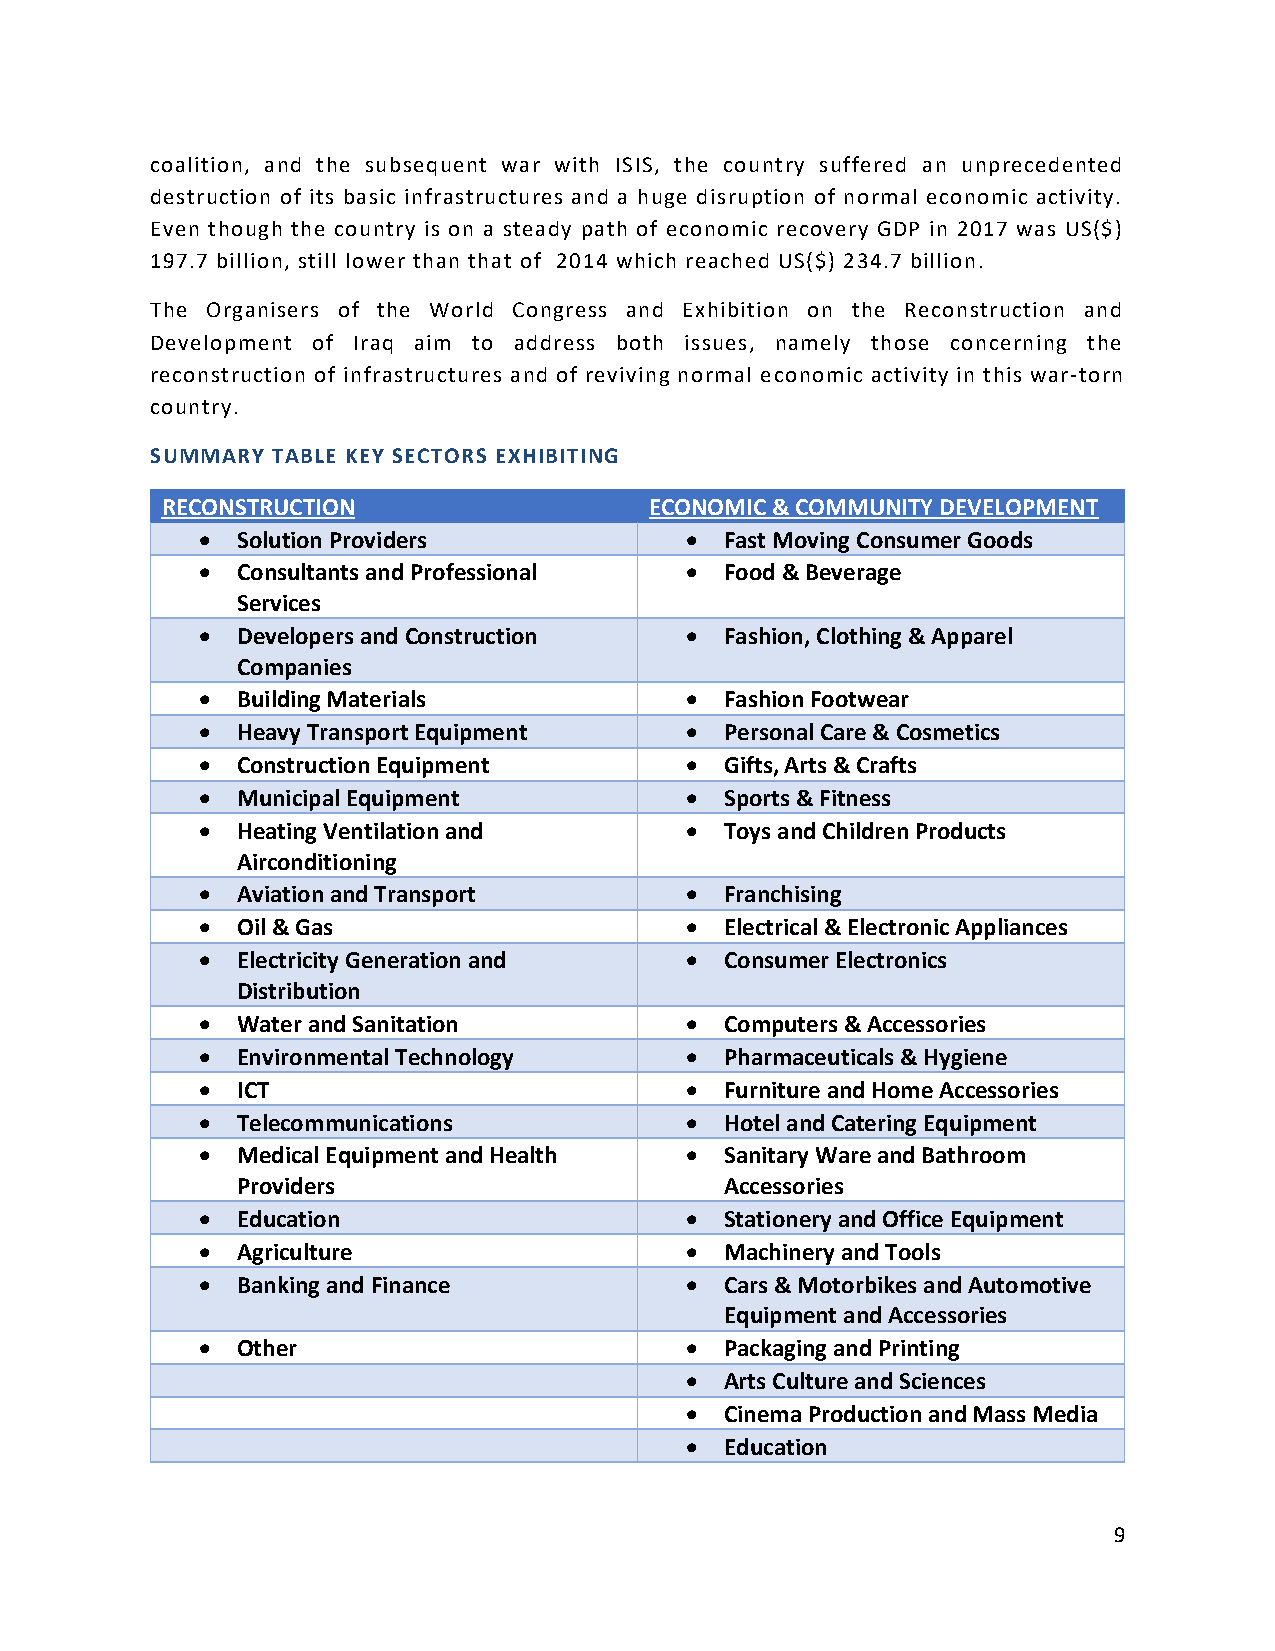
coalition, and the subsequent war with ISIS, the country suffered an unprecedented
 destruction of its basic infrastructures and a huge disruption of normal economic activity.
 Even though the country is on a steady path of economic recovery GDP in 2017 was US($)
 197.7 billion, still lower than that of 2014 which reached US($) 234.7 billion.
 The Organisers of the World Congress and Exhibition on the Reconstruction and
 Development of Iraq aim to address both issues, namely those concerning the
 reconstruction of infrastructures and of reviving normal economic activity in this war-torn
 country.
 SUMMARY TABLE KEY SECTORS EXHIBITING
 RECONSTRUCTION                  ECONOMIC & COMMUNITY DEVELOPMENT
 •  Solution Providers           •  Fast Moving Consumer Goods
 •  Consultants and Professional •  Food & Beverage
 Services
 •  Developers and Construction  •  Fashion, Clothing & Apparel
 Companies
 •  Building Materials           •  Fashion Footwear
 •  Heavy Transport Equipment    •  Personal Care & Cosmetics
 •  Construction Equipment       •  Gifts, Arts & Crafts
 •  Municipal Equipment          •  Sports & Fitness
 •  Heating Ventilation and      •  Toys and Children Products
 Airconditioning
 •  Aviation and Transport       •  Franchising
 •  Oil & Gas                    •  Electrical & Electronic Appliances
 •  Electricity Generation and   •  Consumer Electronics
 Distribution
 •  Water and Sanitation         •  Computers & Accessories
 •  Environmental Technology     •  Pharmaceuticals & Hygiene
 •  ICT                          •  Furniture and Home Accessories
 •  Telecommunications           •  Hotel and Catering Equipment
 •  Medical Equipment and Health •  Sanitary Ware and Bathroom
 Providers                       Accessories
 •  Education                    •  Stationery and Office Equipment
 •  Agriculture                  •  Machinery and Tools
 •  Banking and Finance          •  Cars & Motorbikes and Automotive
 Equipment and Accessories
 •  Other                        •  Packaging and Printing
 •  Arts Culture and Sciences
 •  Cinema Production and Mass Media
 •  Education
 9